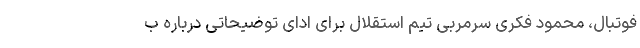
فوتبال، محمود فکری سرمربی تیم استقلال برای ادای توضیحاتی درباره ب